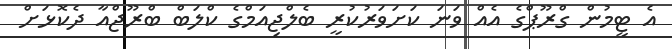
އެ ޓީމުން ގްރޫޕްގެ އެއް ވަނަ ކަށަވަރުކުރީ ބެލްޖިއަމްގެ ކްލަބް ބްރޫޖްއާ ދެކޮޅަށް